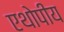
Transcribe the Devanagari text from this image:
एथोपीय